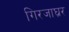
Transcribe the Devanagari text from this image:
गिरजाघ्रर